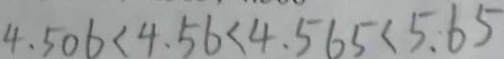
4 . 5 0 6 < 4 . 5 6 < 4 . 5 6 5 < 5 . 6 5